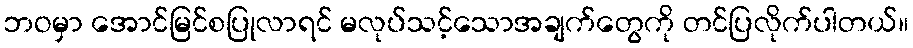
ဘဝမှာ အောင်မြင်စပြုလာရင် မလုပ်သင့်သောအချက်တွေကို တင်ပြလိုက်ပါတယ်။